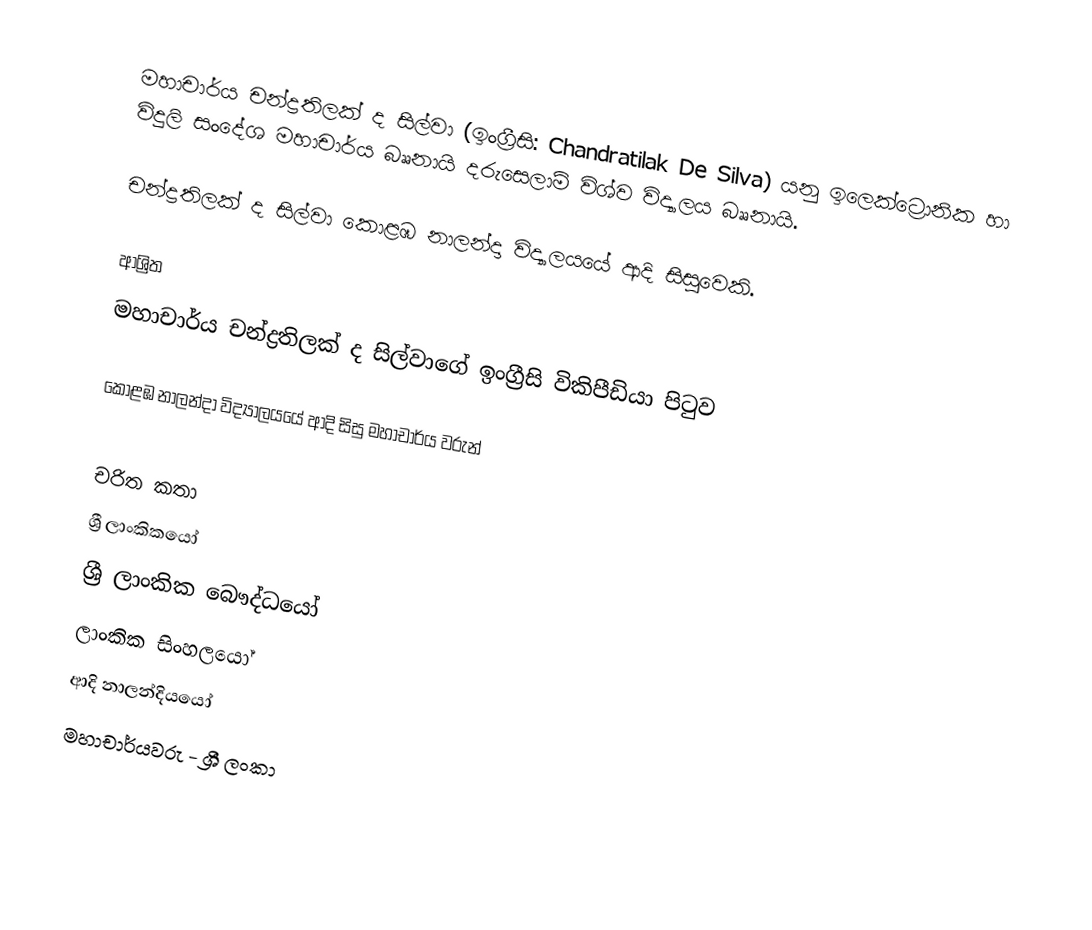
මහාචාර්ය චන්ද්‍රතිලක් ද සිල්වා (ඉංග්‍රීසි: Chandratilak De Silva) යනු ඉලෙක්ට්‍රොනික හා විදුලි සංදේශ මහාචාර්ය බෲනායි දරුසෙලාම් විශ්ව විද්‍යාලය බෲනායි.

චන්ද්‍රතිලක් ද සිල්වා  කොළඹ නාලන්දා විද්‍යාලයයේ ආදි සිසුවෙකි.

ආශ්‍රිත
  මහාචාර්ය චන්ද්‍රතිලක් ද සිල්වාගේ ඉංග්‍රීසි විකිපීඩියා පිටුව

 කොළඹ නාලන්දා විද්‍යාලයයේ ආදි සිසු මහාචාර්ය වරුන්

චරිත කතා
ශ්‍රී ලාංකිකයෝ
ශ්‍රී ලාංකික බෞද්ධයෝ
ලාංකික සිංහලයෝ
ආදි නාලන්දියයෝ
මහාචාර්යවරු - ශ්‍රී ලංකා